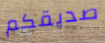
صديقكم